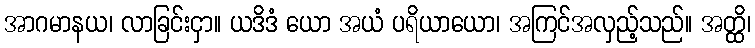
အာဂမာနယ၊ လာခြင်းငှာ။ ယဒိဒံ ယော အယံ ပရိယာယော၊ အကြင်အလှည့်သည်။ အတ္ထိ၊